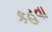
કહવા